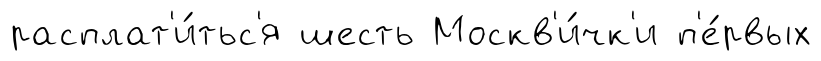
расплат'и́тьс'я шесть Москв'и́чк'и п'е́рвых